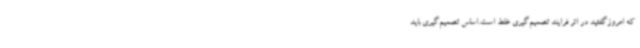
که امروزگفتید در اثر فرایند تصمیم‌گیری غلط است.اساس تصمیم‌گیری باید